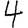
Digit: 4